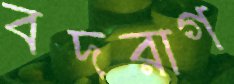
বদরাগ